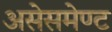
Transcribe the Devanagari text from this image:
असेसमेण्ट